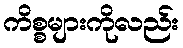
ကိစ္စများကိုလည်း